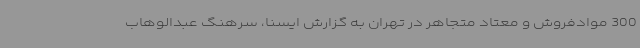
300 موادفروش و معتاد متجاهر در تهران به گزارش ایسنا، سرهنگ عبدالوهاب